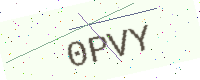
Text: 0PVY